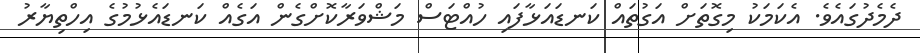
ދެމެދުގައެވެ. އެކަމަކު މިގޮތަށް އަގުތައް ކަނޑައަޅާފައި ހުއްޓަސް މަޝްވަރާކޮށްގެން އަގެއް ކަނޑައެޅުމުގެ އިހްތިޔާރު